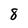
Character: 8